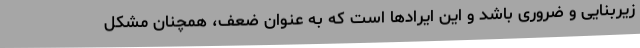
زیربنایی و ضروری باشد و این ایرادها است که به عنوان ضعف، همچنان مشکل